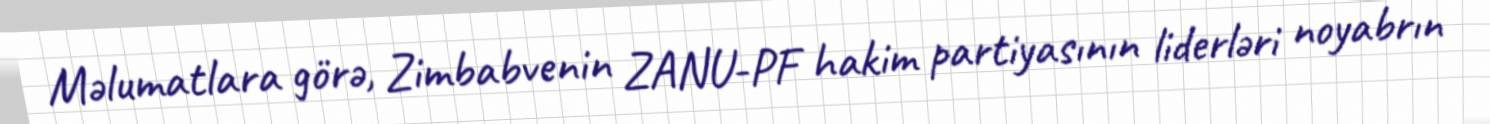
Məlumatlara görə, Zimbabvenin ZANU-PF hakim partiyasının liderləri noyabrın